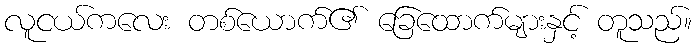
လူငယ်ကလေး တစ်ယောက်၏ ခြေထောက်များနှင့် တူသည်။